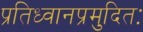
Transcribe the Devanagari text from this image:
प्रतिध्वानप्रमुदितः